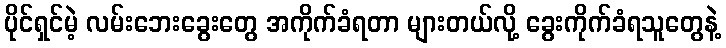
ပိုင်ရှင်မဲ့ လမ်းဘေးခွေးတွေ အကိုက်ခံရတာ များတယ်လို့ ခွေးကိုက်ခံရသူတွေနဲ့